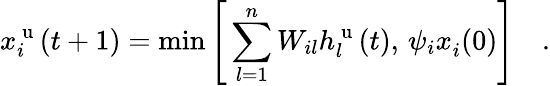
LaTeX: x_{i}^{\mathrm{~u~}}(t+1)=\operatorname*{min}\Bigg[\sum_{l=1}^{n}W_{il}h_{l}^{\mathrm{~u~}}(t),\, \psi_{i}x_{i}^{\mathrm{~}}(0)\Bigg]\quad.